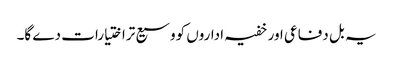
یہ بل دفاعی اور خفیہ اداروں کووسیع تراختیارات دے گا۔